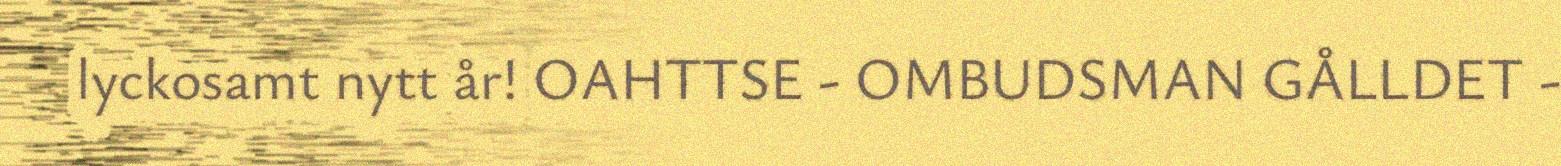
lyckosamt nytt år! OAHTTSE - OMBUDSMAN GÅLLDET -